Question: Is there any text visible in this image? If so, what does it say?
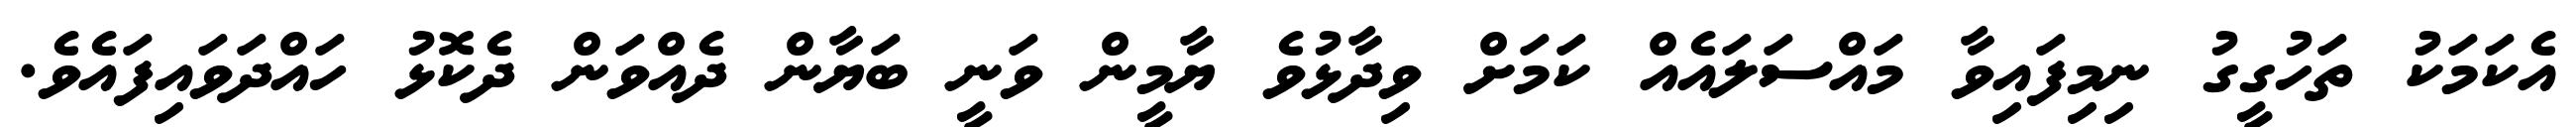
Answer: އެކަމަކު ތަހުގީގު ނިމިފައިވާ މައްސަލައެއް ކަމަށް ވިދާޅުވެ ޔާމީން ވަނީ ބަޔާން ދެއްވަން ދެކޮޅު ހައްދަވައިފައެވެ.